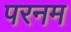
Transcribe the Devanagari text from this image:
परनम